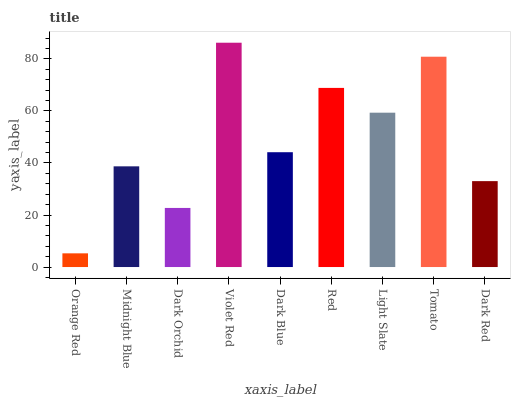
| xaxis_label | bars |
 | --- | --- |
 | Orange Red | 5.27 |
 | Midnight Blue | 38.7 |
 | Dark Orchid | 22.7 |
 | Violet Red | 86.2 |
 | Dark Blue | 44.1 |
 | Red | 68.9 |
 | Light Slate | 59.3 |
 | Tomato | 80.9 |
 | Dark Red | 33 |